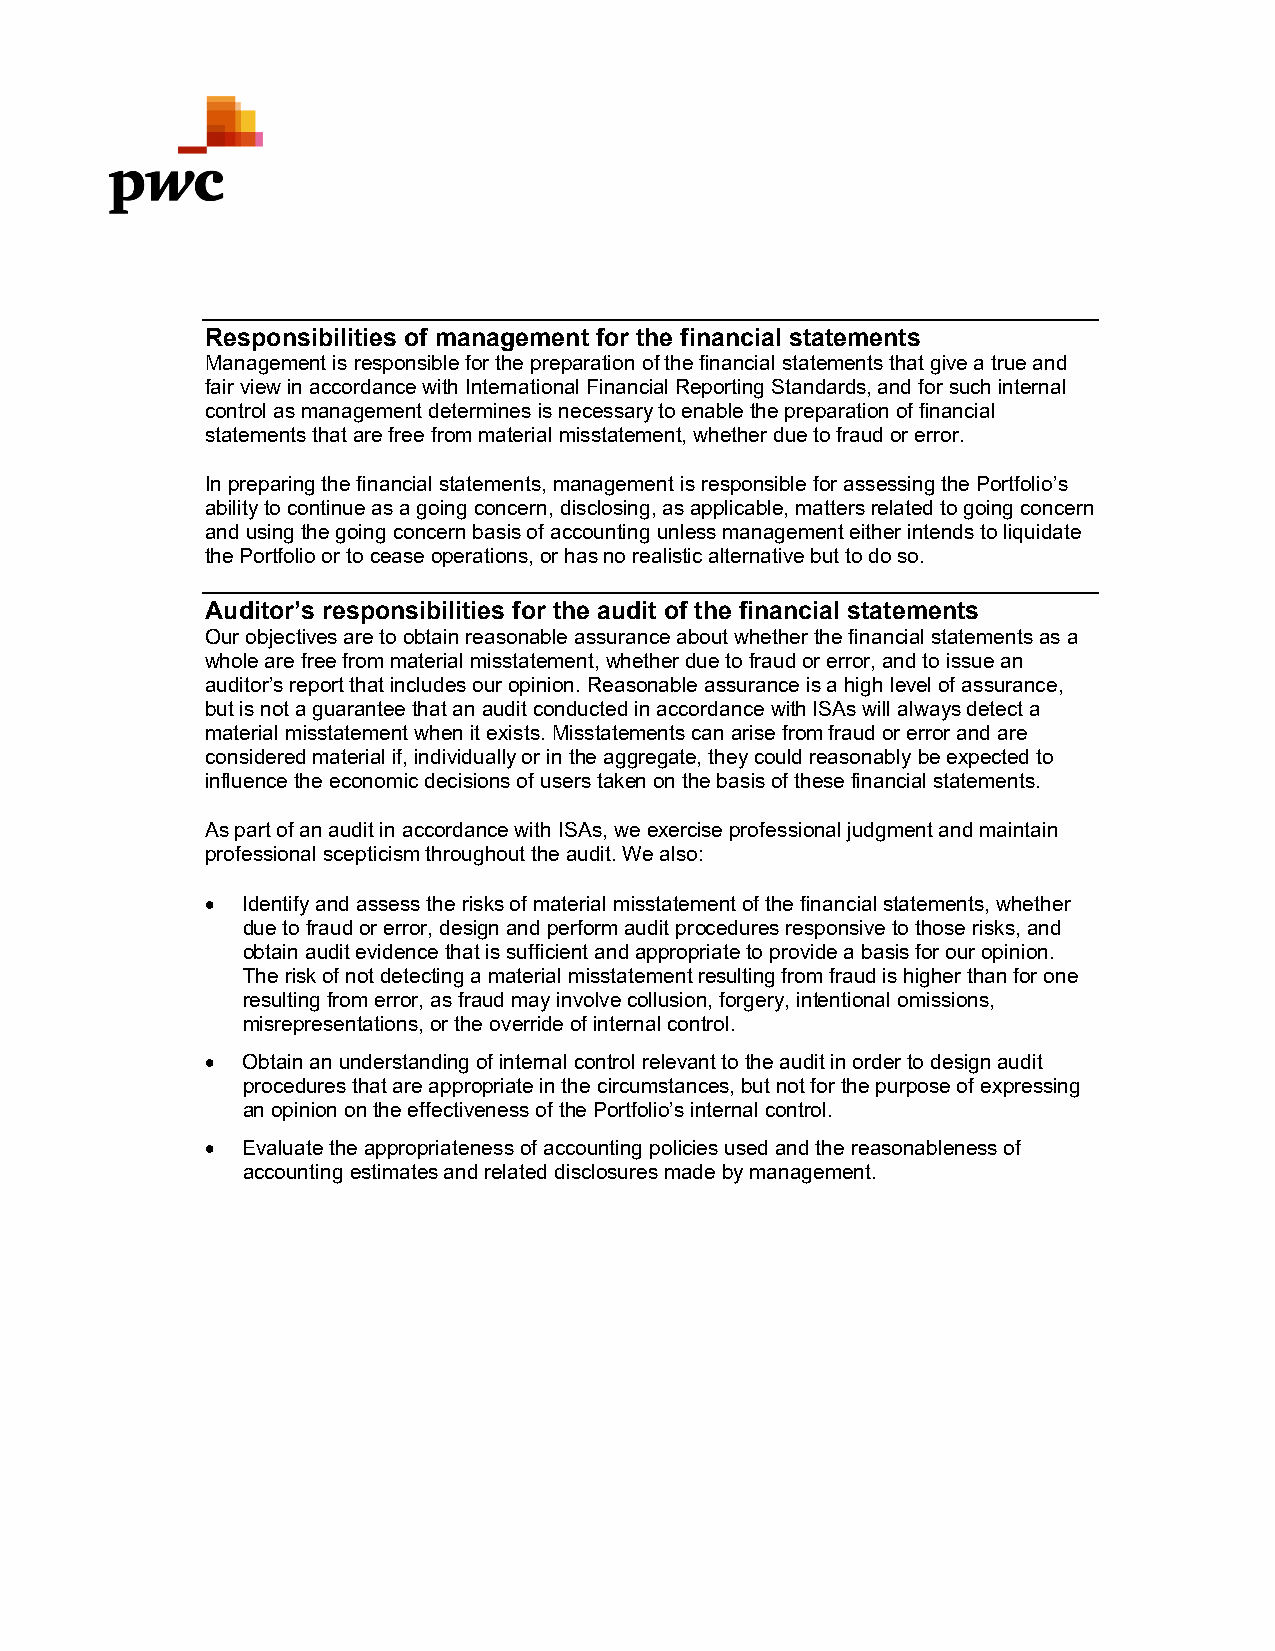
Responsibilities of management for the financial statements
 Management is responsible for the preparation of the financial statements that give a true and
 fair view in accordance with International Financial Reporting Standards, and for such internal
 control as management determines is necessary to enable the preparation of financial
 statements that are free from material misstatement, whether due to fraud or error.
 In preparing the financial statements, management is responsible for assessing the Portfolio’s
 ability to continue as a going concern, disclosing, as applicable, matters related to going concern
 and using the going concern basis of accounting unless management either intends to liquidate
 the Portfolio or to cease operations, or has no realistic alternative but to do so.
 Auditor’s responsibilities for the audit of the financial statements
 Our objectives are to obtain reasonable assurance about whether the financial statements as a
 whole are free from material misstatement, whether due to fraud or error, and to issue an
 auditor’s report that includes our opinion. Reasonable assurance is a high level of assurance,
 but is not a guarantee that an audit conducted in accordance with ISAs will always detect a
 material misstatement when it exists. Misstatements can arise from fraud or error and are
 considered material if, individually or in the aggregate, they could reasonably be expected to
 influence the economic decisions of users taken on the basis of these financial statements.
 As part of an audit in accordance with ISAs, we exercise professional judgment and maintain
 professional scepticism throughout the audit. We also:
  Identify and assess the risks of material misstatement of the financial statements, whether
 due to fraud or error, design and perform audit procedures responsive to those risks, and
 obtain audit evidence that is sufficient and appropriate to provide a basis for our opinion.
 The risk of not detecting a material misstatement resulting from fraud is higher than for one
 resulting from error, as fraud may involve collusion, forgery, intentional omissions,
 misrepresentations, or the override of internal control.
  Obtain an understanding of internal control relevant to the audit in order to design audit
 procedures that are appropriate in the circumstances, but not for the purpose of expressing
 an opinion on the effectiveness of the Portfolio’s internal control.
  Evaluate the appropriateness of accounting policies used and the reasonableness of
 accounting estimates and related disclosures made by management.